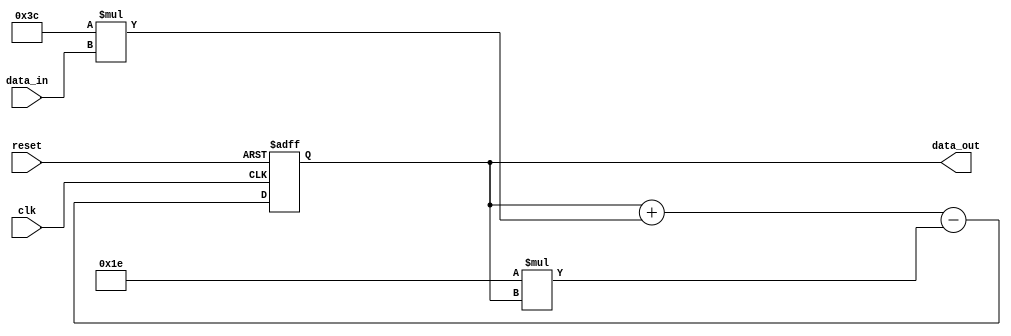
module iir_filter_accumulator (
    input wire clk,
    input wire reset,
    input wire [15:0] data_in,
    output wire [15:0] data_out
);

reg [15:0] acc;

parameter COEFF_1 = 8'h3C; // Filter coefficient 1
parameter COEFF_2 = 8'h1E; // Filter coefficient 2

always @(posedge clk or posedge reset) begin
    if (reset) begin
        acc <= 0;
    end else begin
        acc <= acc + COEFF_1 * data_in - COEFF_2 * acc;
    end
end

assign data_out = acc;

endmodule